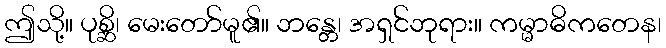
ဤသို့။ ပုစ္ဆိ၊ မေးတော်မူ၏။ ဘန္တေ၊ အရှင်ဘုရား။ ကမ္မာဓိကတေန၊